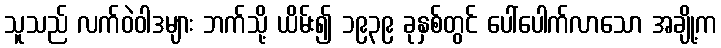
သူသည် လက်ဝဲဝါဒများ ဘက်သို့ ယိမ်း၍ ၁၉၃၉ ခုနှစ်တွင် ပေါ်ပေါက်လာသော အချို့က